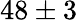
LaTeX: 48\pm 3